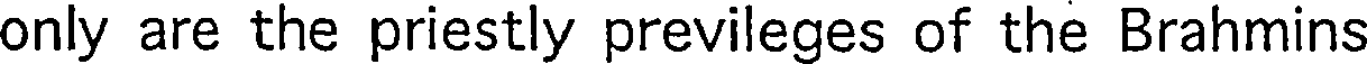
only are the priestly previleges of the Brahmins